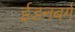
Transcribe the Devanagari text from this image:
ईडनबर्ग